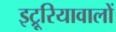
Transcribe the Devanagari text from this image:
इट्रूरियावालों